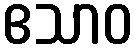
ဧသာဝ